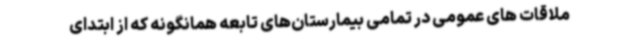
ملاقات های عمومی در تمامی بیمارستان‌های تابعه همانگونه که از ابتدای